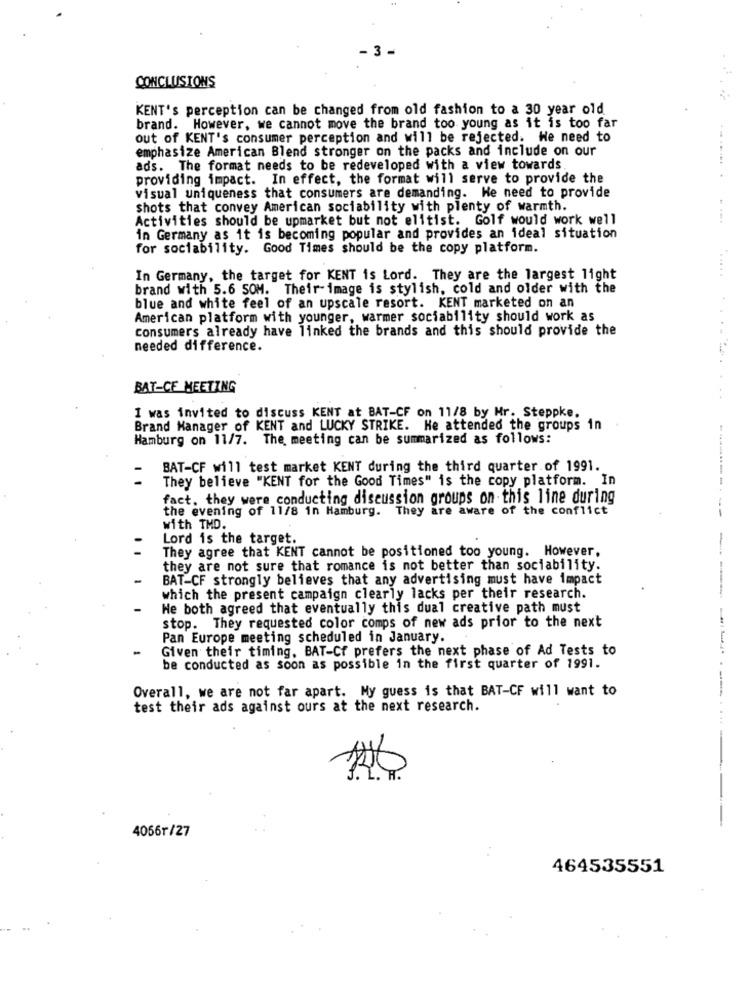
3 -
CONCLUSIONS
KENT's perception can be changed from old fashion to a 30 year old
brand. However, we cannot move the brand too young as it is too far
out of KENT's consumer perception and will be rejected. We need to
emphasize American Blend stronger on the packs and include on our
ads. The format needs to be redeveloped with a view towards
providing impact. In effect, the format will serve to provide the
visual uniqueness that consumers are demanding. He need to provide
shots that convey American sociability with plenty of warmth.
Activities should be upmarket but not elitist. Golf would work well
in Germany as it is becoming popular and provides an ideal situation
for sociability. Good Times should be the copy platform.
In Germany, the target for KENT is Lord. They are the largest light
brand with 5.6 SOM. Their-image is stylish, cold and older with the
blue and white feel of an upscale resort. KENT marketed on an
American platform with younger, warmer sociability should work as
consumers already have linked the brands and this should provide the
needed difference.
BAT-CF MEETING
I was invited to discuss KENT at BAT-CF on 11/8 by Mr. Steppke.
Brand Manager of KENT and LUCKY STRIKE. He attended the groups in
Hamburg on 11/7. The meeting can be summarized as follows:
BAT-CF will test market KENT during the third quarter of 1991.
They believe "KENT for the Good Times" is the copy platform. In
fact. they were conducting discussion groups on this line during
the evening of 11/8 in Hamburg. They are aware of the conflict
with TMD.
Lord is the target.
They agree that KENT cannot be positioned too young. However,
they are not sure that romance is not better than sociability.
BAT-CF strongly believes that any advertising must have impact
which the present campaign clearly lacks per their research.
Ne both agreed that eventually this dual creative path must
stop. They requested color comps of new ads prior to the next
Pan Europe meeting scheduled in January.
Given their timing, BAT-Cf prefers the next phase of Ad Tests to
be conducted as soon as possible in the first quarter of 1991.
Overall, we are not far apart. My guess is that BAT-CF will want to
test their ads against ours at the next research.
4056r/27
464535551